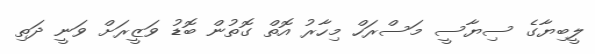
ލީބިޔާގެ ސިޔާސީ މަސްރަހް މިހާރު އޮތް ގޮތުން ބޮޑު ވަޒީރަށް ވަނީ ދަތި